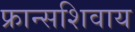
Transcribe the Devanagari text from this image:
फ्रान्सशिवाय